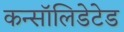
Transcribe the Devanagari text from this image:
कन्सॉलिडेटेड